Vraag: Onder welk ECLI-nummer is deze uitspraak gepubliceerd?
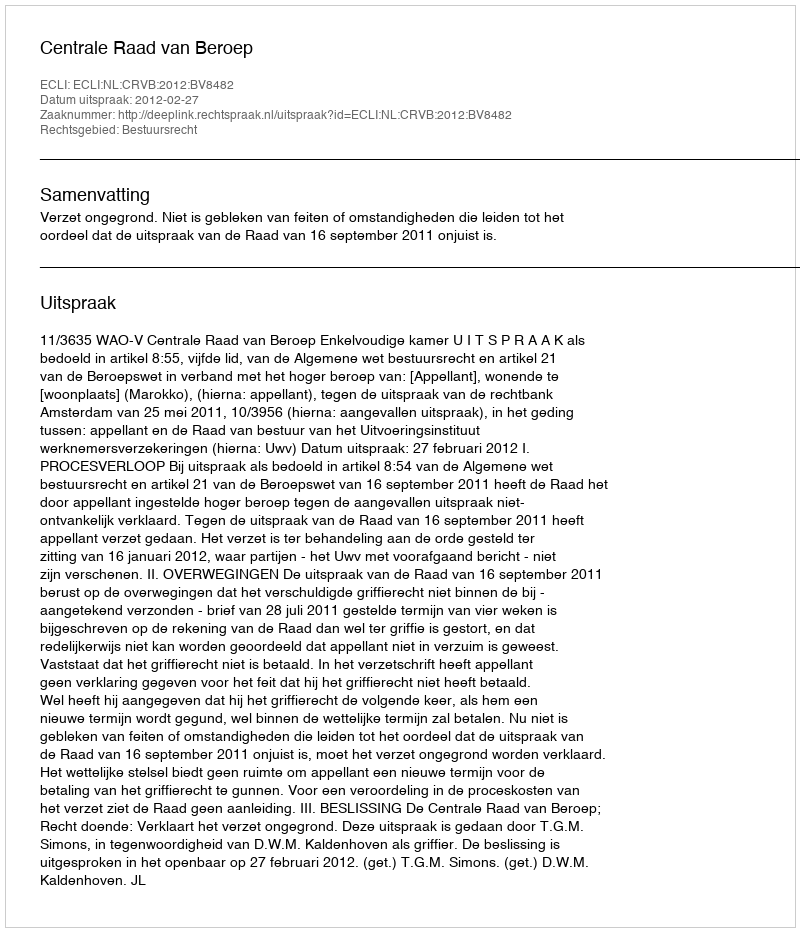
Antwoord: ECLI:NL:CRVB:2012:BV8482